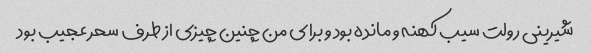
شیرینی رولت سیب کهنه و مانده بود و برای من چنین چیزی از طرف سحر عجیب بود